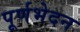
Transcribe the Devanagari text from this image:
पूर्णभेदन